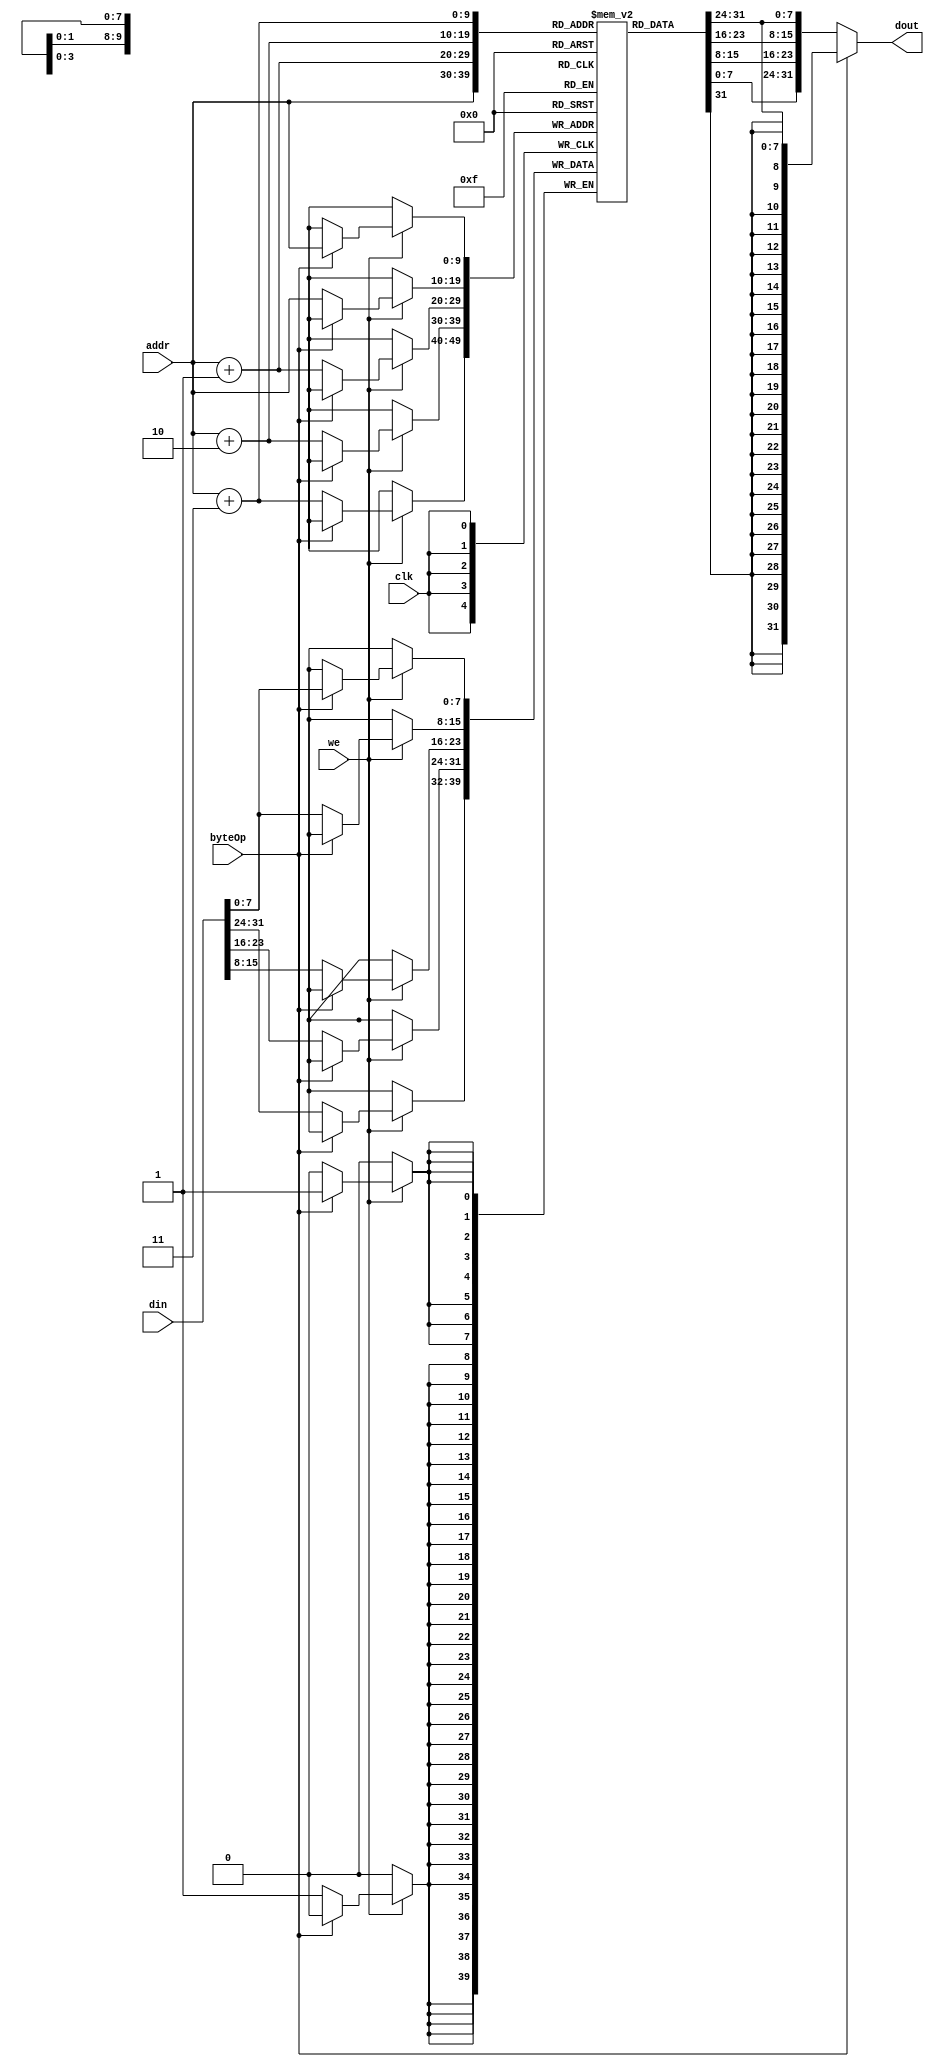
module dm_1k( addr, din, we, byteOp, clk, dout );
    input [9:0] addr;  // address bus
    input [31:0] din;   // 32-bit input data
    input we, byteOp;    // memory write enable
    input clk;   // clock
    output [31:0] dout;  // 32-bit memory output
    reg [7:0] dm[1023:0];

    assign dout = (byteOp)? {{24{dm[addr][7]}}, dm[addr]} : 
                            {dm[addr+3], dm[addr+2], dm[addr+1], dm[addr]};

    integer i;
    initial begin
        for(i=0; i<=1023; i=i+1) dm[i] <= 0;
    end
      

    always @(posedge clk) begin
        if(we) begin
            if(byteOp) dm[addr] <= din[7:0];
            else {dm[addr+3], dm[addr+2], dm[addr+1], dm[addr]} <= din;
        end
        
    end

endmodule